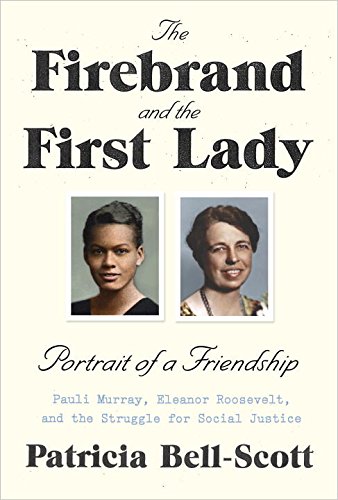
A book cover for The Firebrand and the First Lady: Portrait of a Friendship: Pauli Murray, Eleanor Roosevelt, and the Struggle for Social Justice; Patricia Bell-Scott; Gay & Lesbian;